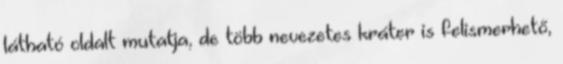
látható oldalt mutatja, de több nevezetes kráter is felismerhető,